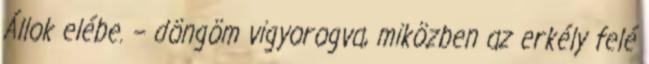
Állok elébe. – döngöm vigyorogva, miközben az erkély felé